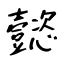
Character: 懿